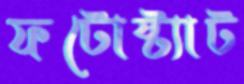
ফটোষ্ট্যাট